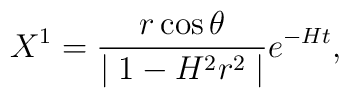
X^1=\frac{r\cos\theta}{\mid 1-H^2r^2\mid}e^{-Ht},